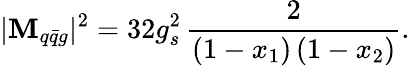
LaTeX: |{\cal\mathbf{M}}_{q\bar{{q}}g}|^{2}=32g_{s}^{2}\, \frac{{2}}{{(1-x_{1})\, (1-x_{2})}}.